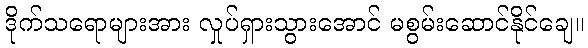
ဒိုက်သရောများအား လှုပ်ရှားသွားအောင် မစွမ်းဆောင်နိုင်ချေ။